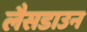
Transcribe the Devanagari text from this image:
लैसडाउन